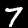
Digit: 7